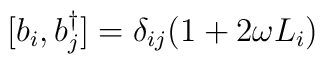
[ b_i, b_j^{\dagger} ] = \delta_{ij} ( 1 + 2 \omega L_i )